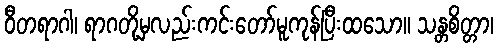
ဝီတရာဂါ၊ ရာဂတို့မှလည်းကင်းတော်မူကုန်ပြီးထသော။ သန္တစိတ္တာ၊